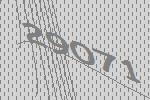
29071